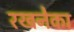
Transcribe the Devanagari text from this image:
रखनेका